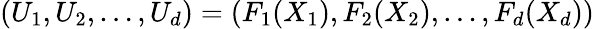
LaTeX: (U_{1},U_{2},\dots,U_{d})=\left(F_{1}(X_{1}),F_{2}(X_{2}),\dots,F_{d}(X_{d})\right)